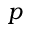
p